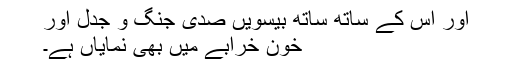
اور اس کے ساتھ ساتھ بیسویں صدی جنگ و جدل اور
خون خرابے میں بھی نمایاں ہے۔